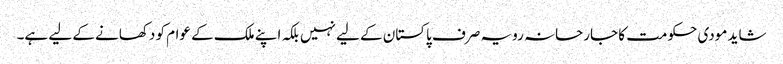
شاید مودی حکومت کا جارحانہ رویہ صرف پاکستان کے لیے نہیں بلکہ اپنے ملک کے عوام کو دکھانے کے لیے ہے۔